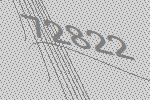
72822